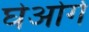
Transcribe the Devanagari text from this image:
घेओर्ग